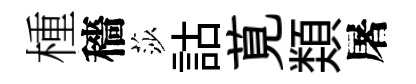
㮔穡莎詁莧𩔖屠